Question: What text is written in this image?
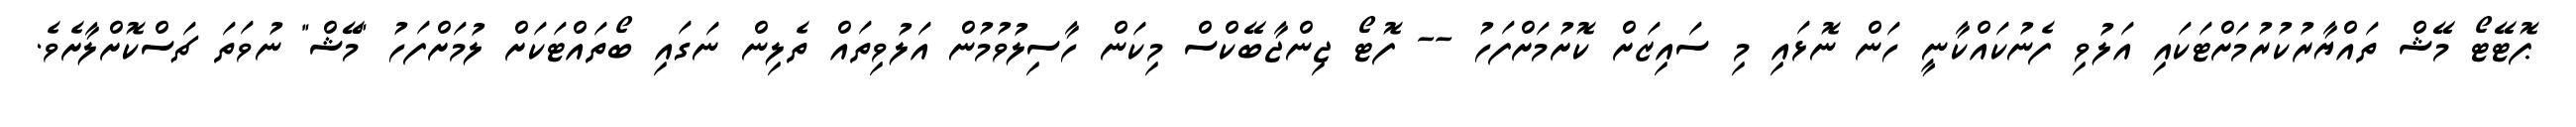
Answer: ޕޮޓޭޓޯ މޭޝް ތައްޔާރުކުރުމަށްޓަކައި އަލުވި ފެނުކައްކާނީ ހަން ނޮޅައި މި ސައިޒަށް ކޮށުމަށްފަހު -- ފޮޓޯ ޖިންޖާބޭކްސް މިކަން ހާސިލުވުމުން އަލުވިތައް ތެލިން ނަގައި ބޯތައްޓަކަށް ލުމަށްފަހު "މޭޝް" ނުވަތަ ޗަސްކޮށްލާށެވެ.